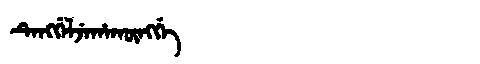
Manchu: ᡨᡝᠩᡤᡝᠯᠵᡝᡥᠠᡴᡡᠩᡤᡝ
Romanization: TENGGELJEHAKŪNGGE